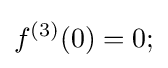
f^{(3)}(0)=0;